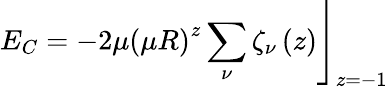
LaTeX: E_{C}=-2\mu\left.\left(\mu R\right)^{z}\sum_{\nu}\zeta_{\nu}\left(z\right)\right\rfloor_{z=-1}